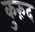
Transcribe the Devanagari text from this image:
कुरुंद